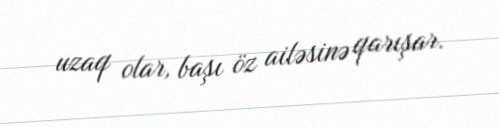
uzaq olar, başı öz ailəsinə qarışar.